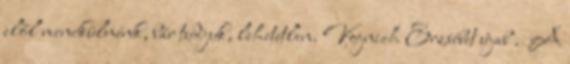
elől menekülnénk, bár tudjuk, lehetetlen. Vojnich Erzsébet újab . A